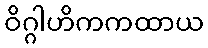
ဝိဂ္ဂါဟိကကထာယ